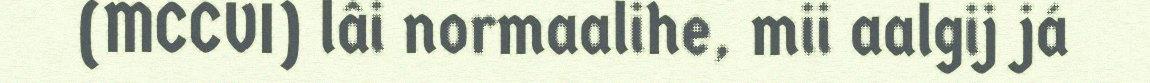
(MCCVI) lâi normaalihe, mii aalgij já